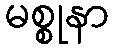
မစ္စုနာ